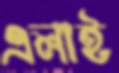
এলাই